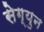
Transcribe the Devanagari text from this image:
सेग्युन